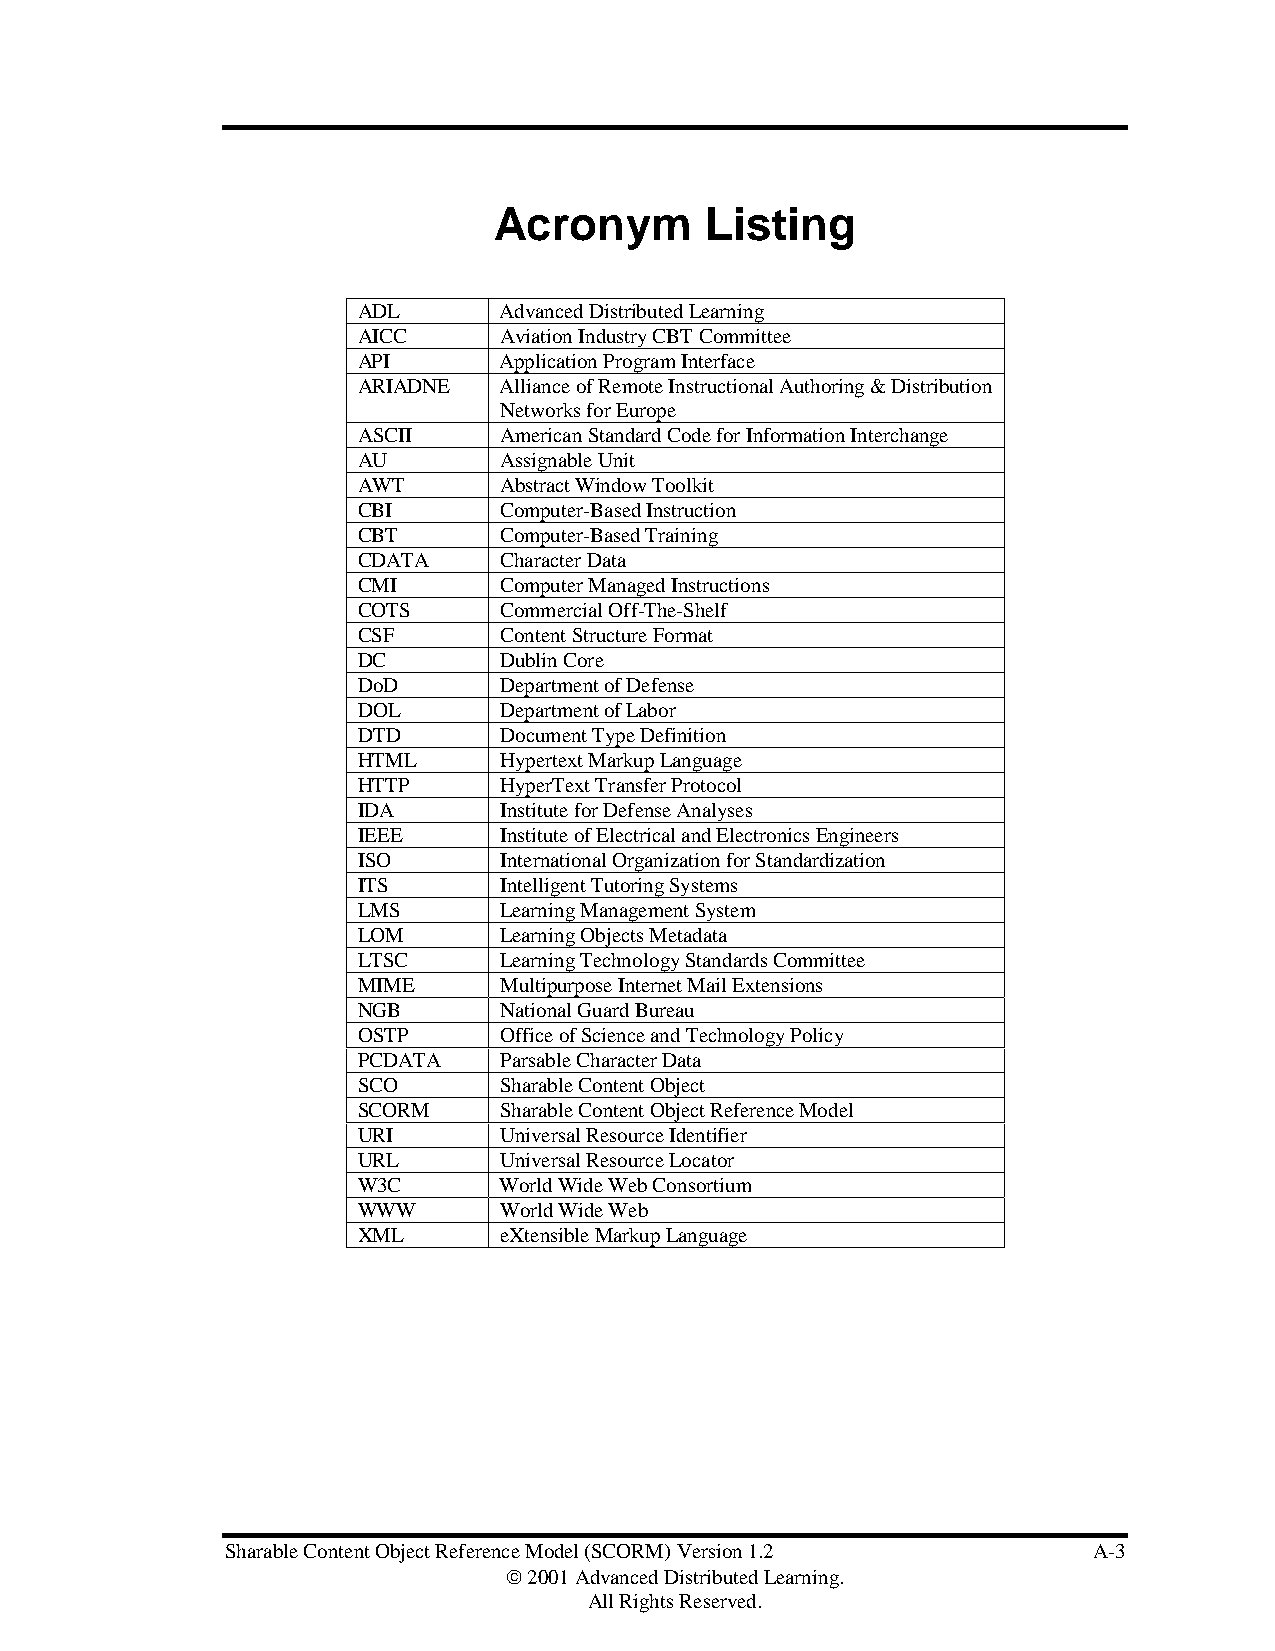
Acronym       Listing
 ADL      Advanced Distributed Learning
 AICC     Aviation Industry CBT Committee
 API      Application Program Interface
 ARIADNE  Alliance of Remote Instructional Authoring & Distribution
 Networks for Europe
 ASCII    American Standard Code for Information Interchange
 AU       Assignable Unit
 AWT      Abstract Window Toolkit
 CBI      Computer-Based Instruction
 CBT      Computer-Based Training
 CDATA    Character Data
 CMI      Computer Managed Instructions
 COTS     Commercial Off-The-Shelf
 CSF      Content Structure Format
 DC       Dublin Core
 DoD      Department of Defense
 DOL      Department of Labor
 DTD      Document Type Definition
 HTML     Hypertext Markup Language
 HTTP     HyperText Transfer Protocol
 IDA      Institute for Defense Analyses
 IEEE     Institute of Electrical and Electronics Engineers
 ISO      International Organization for Standardization
 ITS      Intelligent Tutoring Systems
 LMS      Learning Management System
 LOM      Learning Objects Metadata
 LTSC     Learning Technology Standards Committee
 MIME     Multipurpose Internet Mail Extensions
 NGB      National Guard Bureau
 OSTP     Office of Science and Technology Policy
 PCDATA   Parsable Character Data
 SCO      Sharable Content Object
 SCORM    Sharable Content Object Reference Model
 URI      Universal Resource Identifier
 URL      Universal Resource Locator
 W3C      World Wide Web Consortium
 WWW      World Wide Web
 XML      eXtensible Markup Language
 Sharable Content Object Reference Model (SCORM) Version 1.2 A-3
  2001 Advanced Distributed Learning.
 All Rights Reserved.